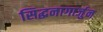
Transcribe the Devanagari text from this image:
सिद्धनागार्जुन